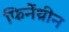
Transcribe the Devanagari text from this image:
फिनेंथ्रीन